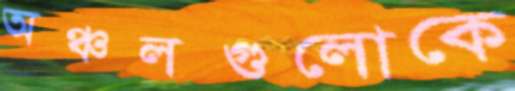
অঞ্চলগুলোকে